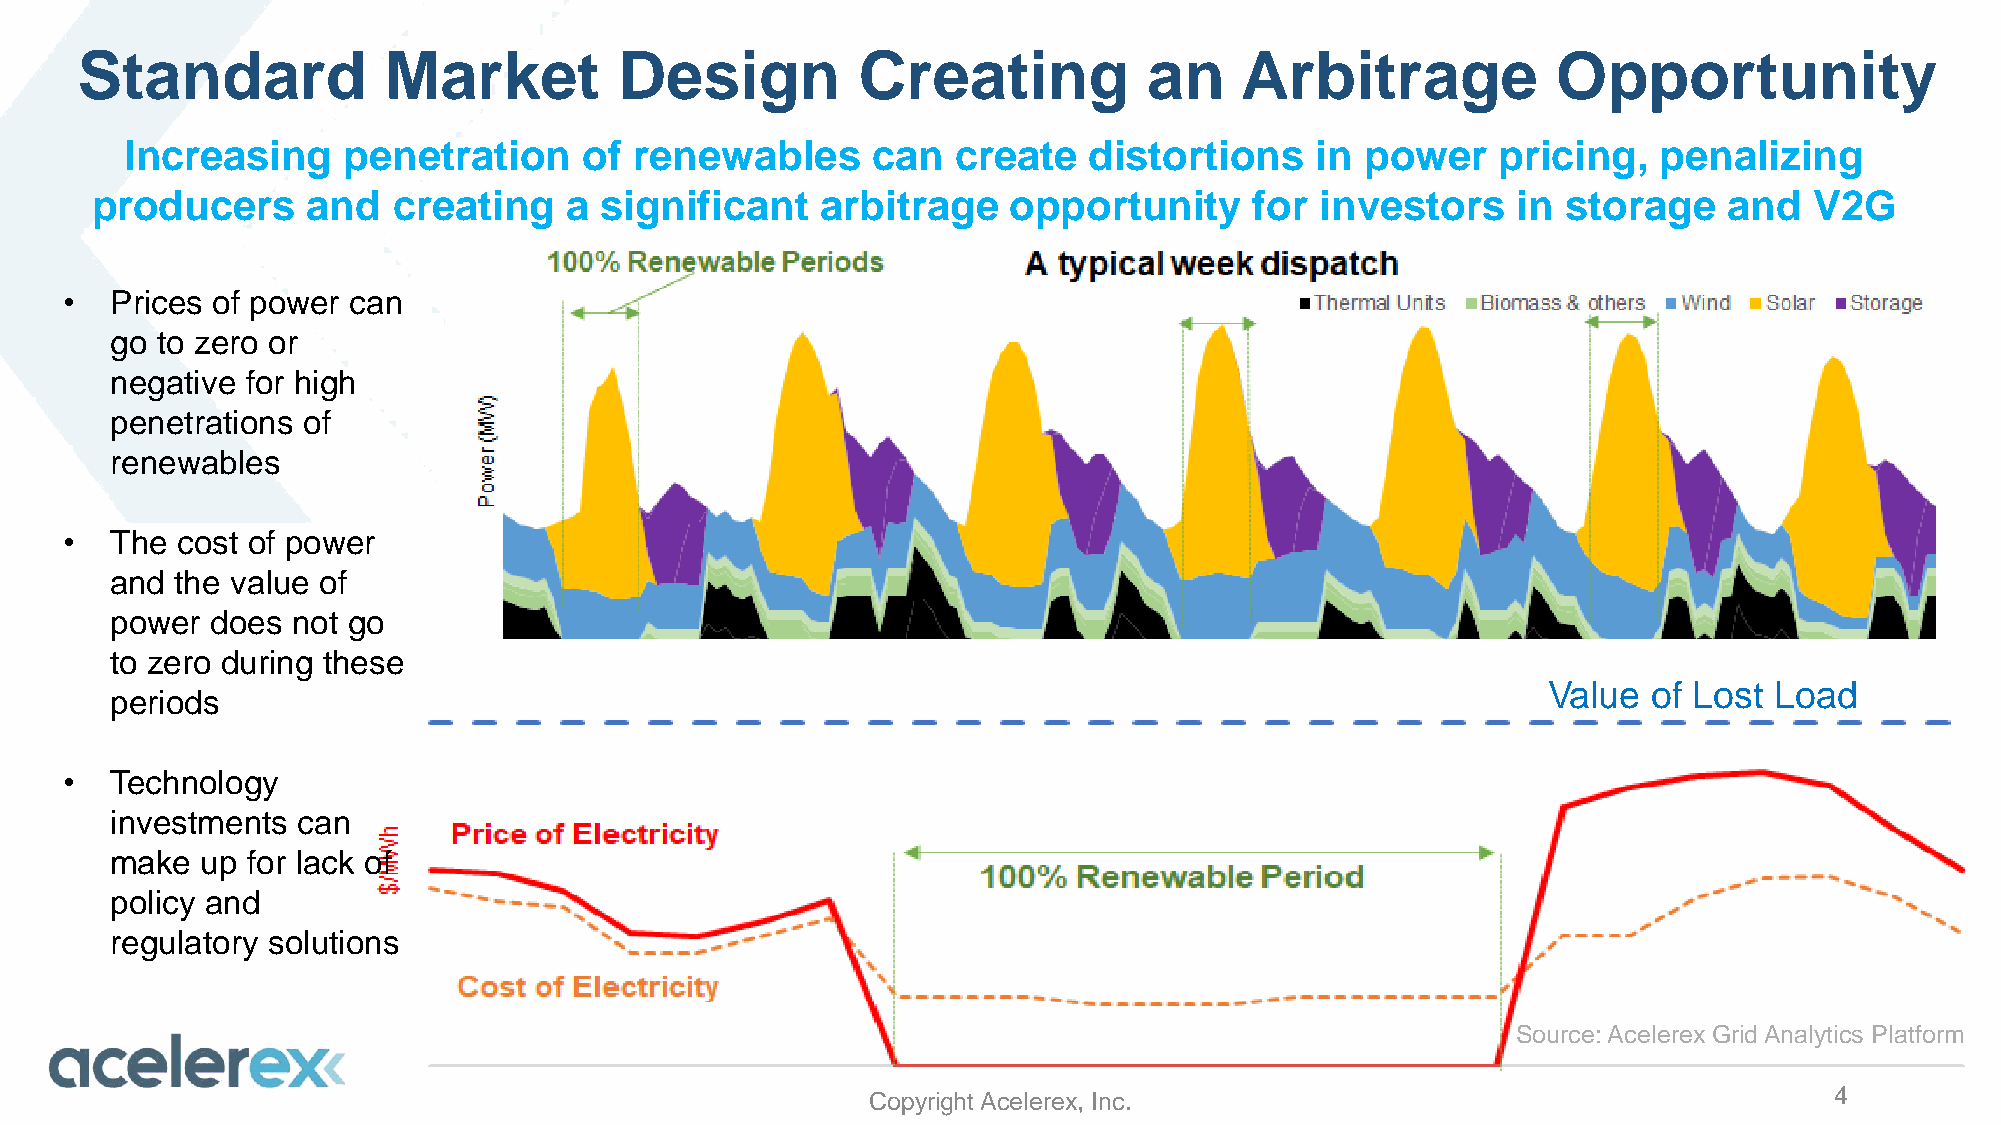
Standard            Market          Design          Creating           an    Arbitrage            Opportunity
 Increasing     penetration     of renewables      can  create   distortions    in power    pricing,   penalizing
 producers     and   creating   a  significant   arbitrage    opportunity     for investors    in  storage   and   V2G
 •  Prices of power can
 go to zero or
 negative for high
 penetrations of
 renewables
 •  The  cost of power
 and  the value of
 power  does not go
 to zero during these
 Value  of Lost Load
 periods
 •  Technology
 investments  can
 make  up for lack of
 policy and
 regulatory solutions
 Source: Acelerex Grid Analytics Platform
 Copyright Acelerex, Inc.                                        4